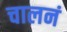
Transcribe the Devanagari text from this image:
चालनं